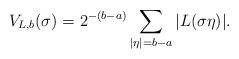
LaTeX: \begin{align*}V_{L,b}(\sigma) = 2^{-(b-a)} \sum_{| \eta | = b-a} | L(\sigma \eta) |.\end{align*}